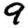
Digit: 9